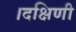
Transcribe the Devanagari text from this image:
।दक्षिणी